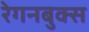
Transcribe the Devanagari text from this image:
रेगनबुक्स